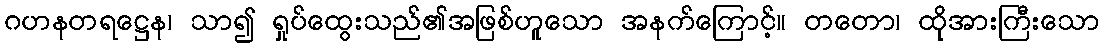
ဂဟနတရဋ္ဌေန၊ သာ၍ ရှုပ်ထွေးသည်၏အဖြစ်ဟူသော အနက်ကြောင့်။ တတော၊ ထိုအားကြီးသော